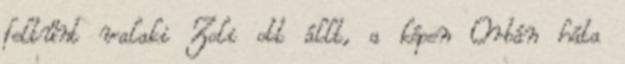
feltűnt valaki Zoli ott állt, a képen Orbán háta